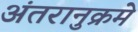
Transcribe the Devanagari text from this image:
अंतरानुक्रमे